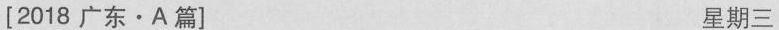
[2018广东·A篇] 星期三